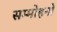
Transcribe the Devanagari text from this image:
सम्मोहनों